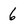
Character: 6